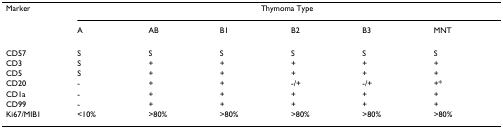
<table><thead><tr><td><b>Marker</b></td><td colspan="6"><b>Thymoma Type</b></td></tr><tr><td></td><td><b>A</b></td><td><b>AB</b></td><td><b>B1</b></td><td><b>B2</b></td><td><b>B3</b></td><td><b>MNT</b></td></tr></thead><tbody><tr><td>CD57</td><td>S</td><td>S</td><td>S</td><td>S</td><td>S</td><td>S</td></tr><tr><td>CD3</td><td>S</td><td>+</td><td>+</td><td>+</td><td>+</td><td>+</td></tr><tr><td>CD5</td><td>S</td><td>+</td><td>+</td><td>+</td><td>+</td><td>+</td></tr><tr><td>CD20</td><td>-</td><td>+</td><td>+</td><td>-/+</td><td>-/+</td><td>+*</td></tr><tr><td>CD1a</td><td>-</td><td>+</td><td>+</td><td>+</td><td>+</td><td>+</td></tr><tr><td>CD99</td><td>-</td><td>+</td><td>+</td><td>+</td><td>+</td><td>+</td></tr><tr><td>Ki67/MIB1</td><td>&lt;10%</td><td>&gt;80%</td><td>&gt;80%</td><td>&gt;80%</td><td>&gt;80%</td><td>&gt;80%</td></tr></tbody></table>